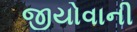
જીયોવાની